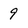
Character: 9